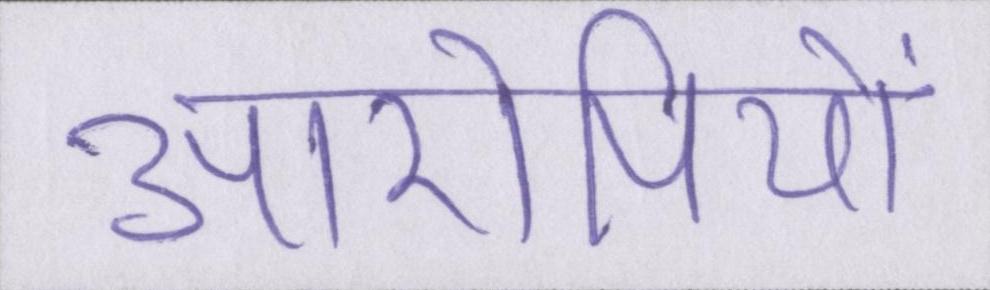
आरोपियों